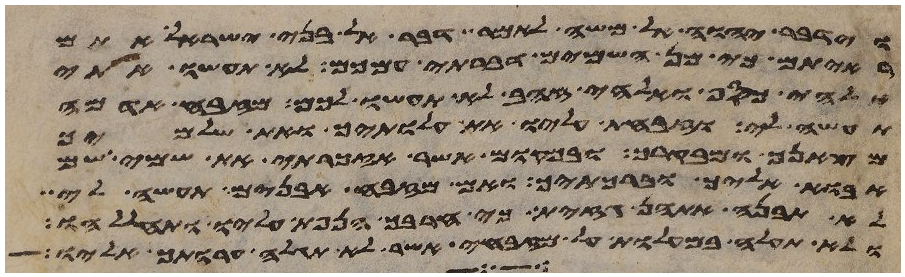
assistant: וידבר יהוה אל משה לאמר דבר אל בני ישראל אתם
ראיתם כי מן השמים דברתי עמכם לא תעשו אתי
אלהי כסף ואלהי זהב לא תעשו לכם מזבח אדמה
תעשה לי וזבחת עליו את עלתיך ואת שלמיך
מצאנך ומבקרך ובמקום אשר אזכרתי את שמי שמה
אבוא אליך וברכתיך ואם מזבח אבנים תעשה לי
לא תבנה אתהן גזית כי חרבך הנפת עליו ותחללהו
ולא תעלה במעלות על מזבחי אשר לא תגלה ערותך אליו